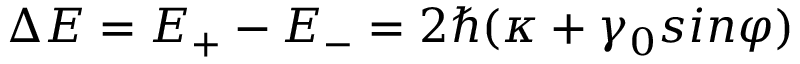
\Delta E = E _ { + } - E _ { - } = 2 \hbar ( \kappa + \gamma _ { 0 } s i n \varphi )